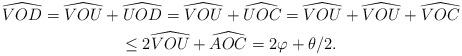
LaTeX: \begin{gather*}\widehat{VOD}=\widehat{VOU}+\widehat{UOD}=\widehat{VOU}+\widehat{UOC}=\widehat{VOU}+\widehat{VOU}+\widehat{VOC}\\\leq2\widehat{VOU}+\widehat{AOC}=2\varphi+\theta/2.\end{gather*}